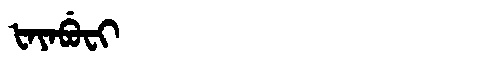
Manchu: ᡶᠠᠶᠠᠪᡠᠸᡳ
Romanization: FAYABUFI